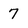
Character: 7